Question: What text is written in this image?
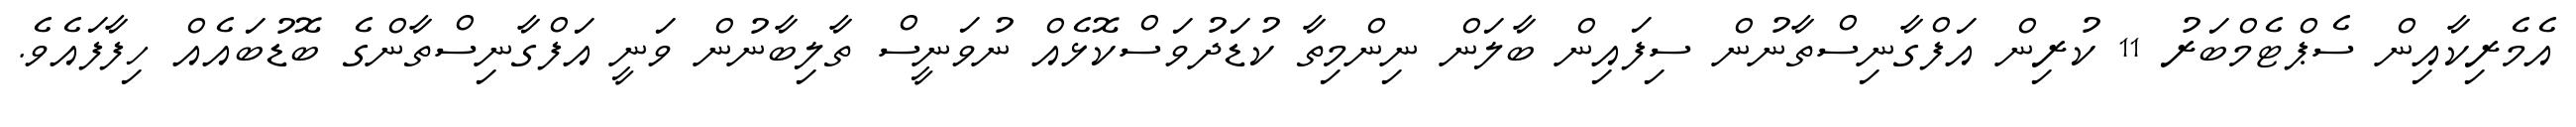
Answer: އެމެރިކާއިން ސެޕްޓެމްބަރު 11 ކުރިން އަފްގާނިސްތާނުން ސިފައިން ބާލަން ނިންމިތާ ކުޑަދުވަސްކޮޅެއް ނުވަނީސް ތާލިބާނުން ވަނީ އަފްގާނިސްތާންގެ ބޮޑުބައެއް ހިފާފައެވެ.